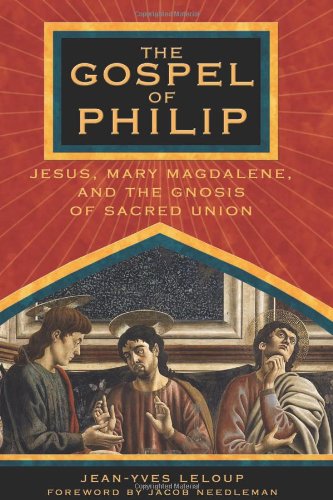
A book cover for The Gospel of Philip: Jesus, Mary Magdalene, and the Gnosis of Sacred Union; Jean-Yves Leloup; Christian Books & Bibles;